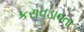
કરાવડાવતા